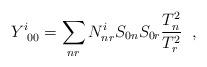
LaTeX: \begin{align*}Y^i_{\;\;00} = \sum_{nr} N^i_{nr} S_{0n} S_{0r} \frac{T_n^2}{T_r^2} \;\; ,\end{align*}